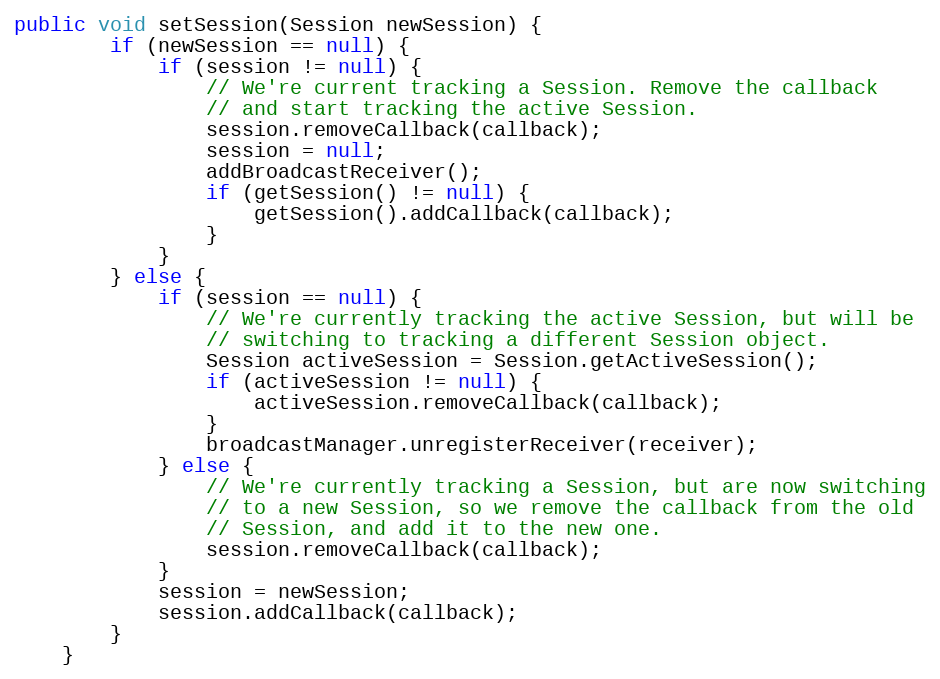
Language: Java
public void setSession(Session newSession) {
        if (newSession == null) {
            if (session != null) {
                // We're current tracking a Session. Remove the callback
                // and start tracking the active Session.
                session.removeCallback(callback);
                session = null;
                addBroadcastReceiver();
                if (getSession() != null) {
                    getSession().addCallback(callback);
                }
            }
        } else {
            if (session == null) {
                // We're currently tracking the active Session, but will be
                // switching to tracking a different Session object.
                Session activeSession = Session.getActiveSession();
                if (activeSession != null) {
                    activeSession.removeCallback(callback);
                }
                broadcastManager.unregisterReceiver(receiver);
            } else {
                // We're currently tracking a Session, but are now switching
                // to a new Session, so we remove the callback from the old
                // Session, and add it to the new one.
                session.removeCallback(callback);
            }
            session = newSession;
            session.addCallback(callback);
        }
    }